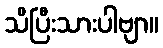
သိပြီးသားပါဗျာ။